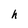
Character: h